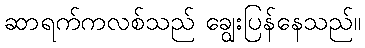
ဆာရက်ကလစ်သည် ချွေးပြန်နေသည်။